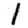
Digit: 1